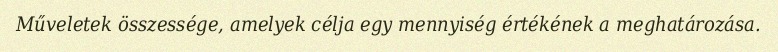
Műveletek összessége, amelyek célja egy mennyiség értékének a meghatározása.